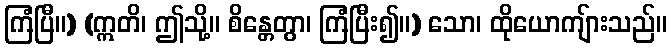
ကြံပြီ။) (ဣတိ၊ ဤသို့။ စိန္တေတွာ၊ ကြံပြီး၍။) သော၊ ထိုယောကျ်ားသည်။